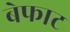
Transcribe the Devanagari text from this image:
बेफाट